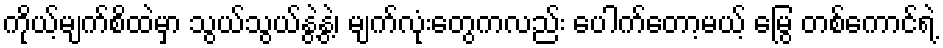
ကိုယ့်မျက်စိထဲမှာ သွယ်သွယ်နွဲ့နွဲ့၊ မျက်လုံးတွေကလည်း ပေါက်တော့မယ့် မြွေ တစ်ကောင်ရဲ့